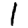
Digit: 1